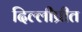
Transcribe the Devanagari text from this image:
दिल्लीप्रीत